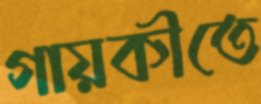
গায়কীতে